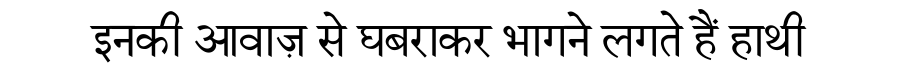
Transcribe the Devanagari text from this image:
इनकी आवाज़ से घबराकर भागने लगते हैं हाथी